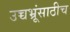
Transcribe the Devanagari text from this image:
उच्चभ्रूंसाठीच